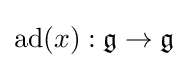
\operatorname {ad} (x):{\mathfrak {g}}\to {\mathfrak {g}}